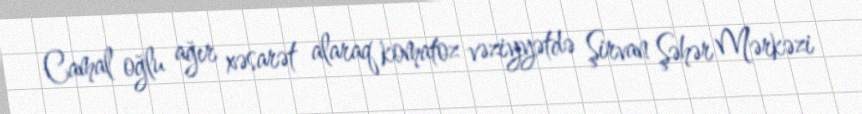
Camal oğlu ağır xəsarət alaraq komatoz vəziyyətdə Şirvan Şəhər Mərkəzi